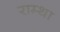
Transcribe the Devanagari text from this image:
राम्था